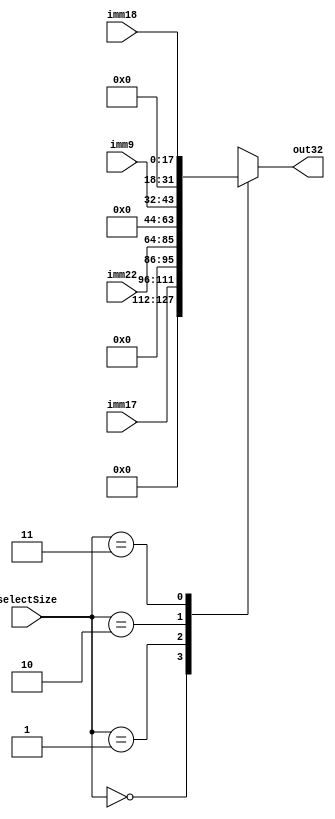
module extensorSinal (selectSize, imm17, imm22, imm9, imm18, out32);
	input [1:0]selectSize;
	input [15:0] imm17;
	input [21:0] imm22;
	input [11:0] imm9;
	input [17:0] imm18;
	output reg [31:0] out32;
	
	parameter i17 = 2'b0, i22 = 2'b01, i9 = 2'b10, i18 = 2'b11;
	
	always @ (*) begin
		case (selectSize)
			i17: out32 = {16'b0, imm17};
			i22: out32 = {9'b0, imm22};
			i9: out32 = {20'b0, imm9};
			i18: out32 = {14'b0, imm18};
		endcase
	end
endmodule